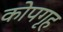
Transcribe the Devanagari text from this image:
कोपगृह